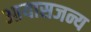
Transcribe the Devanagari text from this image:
आयासजन्य